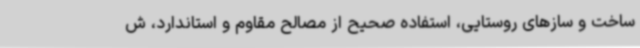
ساخت و سازهای روستایی، استفاده صحیح از مصالح مقاوم و استاندارد، ش